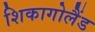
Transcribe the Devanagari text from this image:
शिकागोलैंड